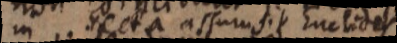
in recta assumsit Euclides